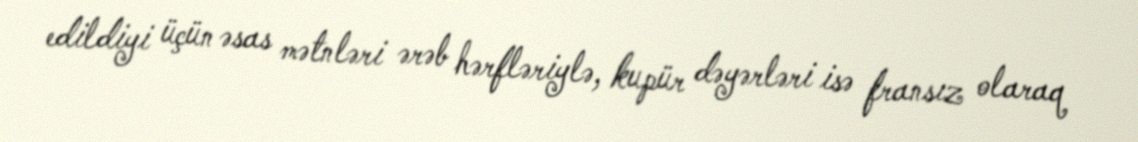
edildiyi üçün əsas mətnləri ərəb hərfləriylə, kupür dəyərləri isə fransız olaraq